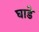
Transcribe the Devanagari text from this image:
घाडे